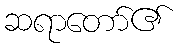
ဆရာတော်၏